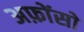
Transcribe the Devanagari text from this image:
अफ़ोंसो